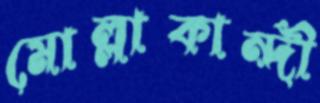
মোল্লাকান্দী